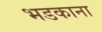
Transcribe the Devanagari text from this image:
भडकाना